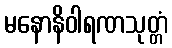
မနောနိဝါရဏသုတ္တံ